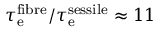
\tau _ { \mathrm { e } } ^ { \mathrm { f i b r e } } / \tau _ { \mathrm { e } } ^ { \mathrm { s e s s i l e } } \approx 1 1